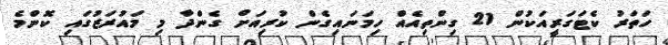
ހަތަރު ކެޓަގަރީއަކުން 21 ގިންތިއެއް ހިމަނައިގެން ކުރިއަށް ގެންދާ މި މައުރަޒުގައި ކޮންމެ